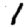
Digit: 1